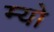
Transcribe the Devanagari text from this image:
म्‍यो